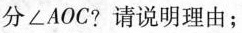
分∠AOC?请说明理由；